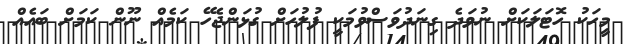
މީހަކު ހޮޓަލަކަށް ނުވަދެ ގިނަދުވަސްވުމަކީ ފުލުހަށް ގުޅަންޖެހޭ ކަމެއް ނޫން ކަމަށް ބައެއް